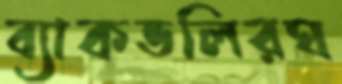
ব্যাকভলিরঘ